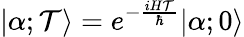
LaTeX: |\alpha;\mathcal{T}\rangle=e^{-{\frac{{iH\mathcal{T}}}{{\hbar}}}}|\alpha;0\rangle